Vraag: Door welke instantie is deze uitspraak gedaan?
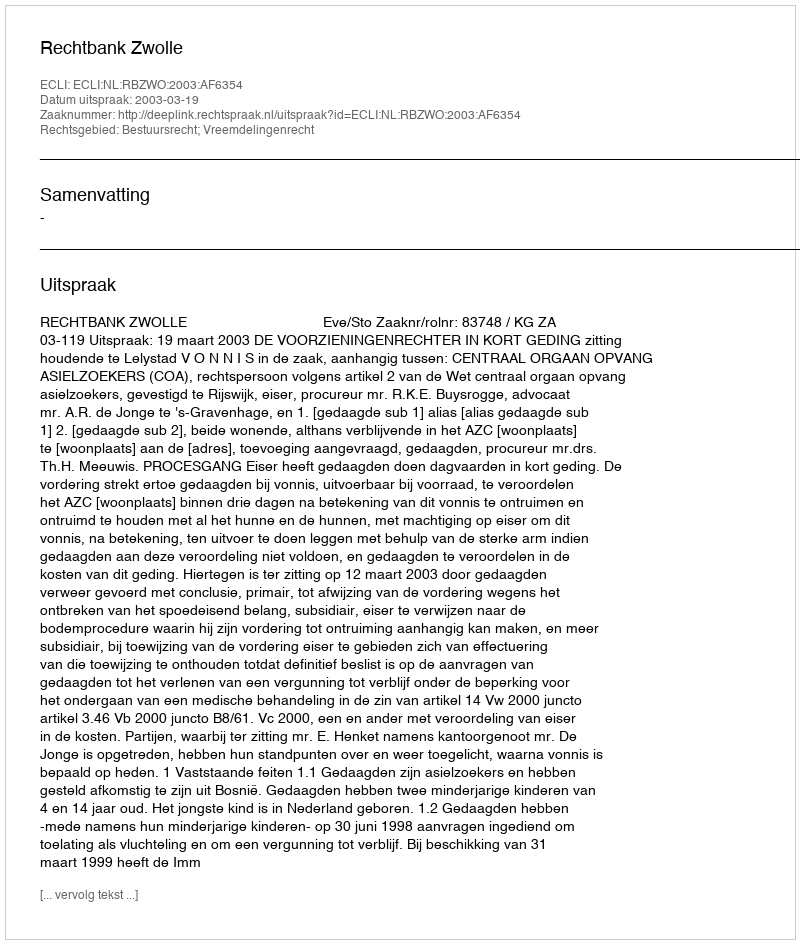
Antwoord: Rechtbank Zwolle